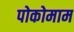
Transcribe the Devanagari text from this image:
पोकोमाम